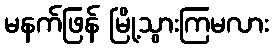
မနက်ဖြန် မြို့သွားကြမလား